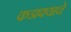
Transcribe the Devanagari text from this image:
कडाक्याचे